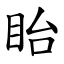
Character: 眙